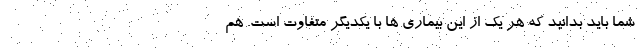
شما باید بدانید که هر یک از این بیماری ها با یکدیگر متفاوت است. هم